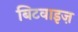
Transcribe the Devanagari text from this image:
बिटवाइज़